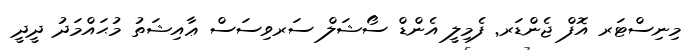
މިނިސްޓަރ އޮފް ޖެންޑަރ